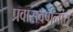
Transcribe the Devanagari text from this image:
प्रवासवर्णनांत